Lunatic asylums Punjab 1881-1894 - 1881-1894
Year: 1881
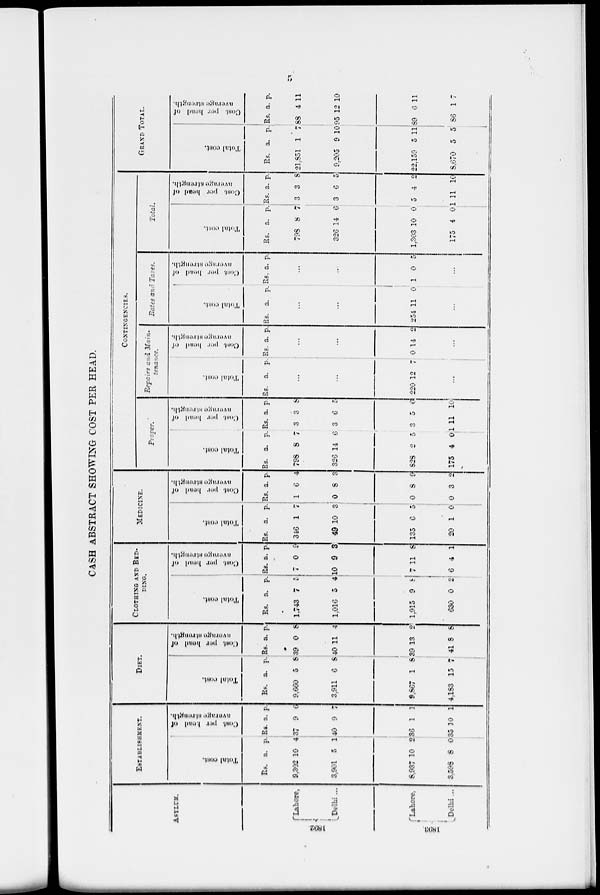
5
CASH ABSTRACT SHOWING COST PER HEAD.
ASYLUM.
1802
1803
Lahore,
Delhi ...
Lahore,
Delhi ...
ESTABLISHMENT.
Total cost.
Rs.
9,302
3,901
8,937
3,598
a.
10
5
10
8
p.
4
1
2
0
Cost per head of
average
strength.
Rs.
37
40
36
35
a.
9
9
1
10
p.
0
7
1
1
DIET.
Total
cost.
Rs.
9,660
3,911
9,867
4,183
a.
5
6
1
15
p.
8
8
8
7
Cost per head of
average
strength.
Rs.
39
40
39
41
a.
0
11
13
8
p.
8
4
2
8
CLOTHING AND BED-
DING.
Total
Cost.
Rs.
1,743
1,016
1,915
630
a.
7
5
9
0
p.
5
4
8
2
Cost per head of
average
strength.
Rs.
7
10
7
6
a.
0
9
11
4
p.
9
3
8
1
MEDICENE.
Total
Cost.
Rs.
346
49
135
20
a.
1
10
6
1
p.
7
3
5
0
Cost per head of
average
strength.
Rs.
1
0
0
0
a.
6
8
8
3
p.
4
3
9
2
CONTINGENCIES.
Paper.
Total
Cost.
Rs.
798
326
828
175
a.
8
14
2
4
p.
7
6
5
0
Cost per head of
average
strength.
Rs.
3
3
3
1
a.
3
6
5
11
p.
8
5
6
10
Total Cost.
Rs.
220
a.
...
...
12
p.
7
Cost per head of
average
strength.
Rs.
0
a.
...
...
14
p.
2
Rates and Taxes.
Total Cost.
Rs.
254
a.
...
...
11
p.
0
Cost per head of
average
strength.
Rs.
1
. a.
...
...
0
p.
5
Total.
Total Cost.
Rs.
798
326
1,303
175
a.
8
14
10
4
p.
7
6
0
0
Cost per head of
average strength.
Rs.
3
3
5
1
a.
3
6
4
11
p.
8
5
2
10
GRAND TOTAL.
Total Cost.
Rs.
21,851
9,205
22,159
8,670
a.
1
9
5
5
p.
7
10
11
5
Cost per head of
average
strength.
Rs.
88
95
89
86
a.
4
12
6
1
p.
11
10
11
7